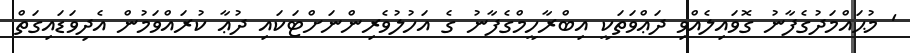
' މުޙައްމަދުގެފާނު ގޮވައިލެއްވި ދަޢްވަތަކީ އިބްރާހީމްގެފާނު ގެ އަހުލުވެރިންނަށްޓަކައި ދުޢާ ކުރައްވަމުން އެދިވަޑައިގަތް